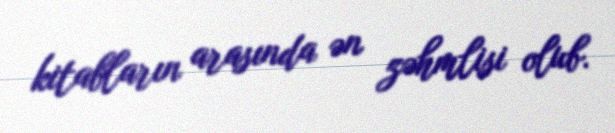
kitabların arasında ən zəhmlisi olub.